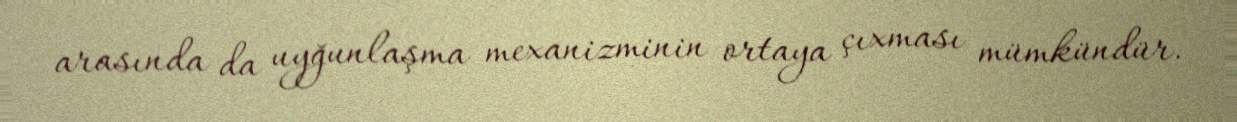
arasında da uyğunlaşma mexanizminin ortaya çıxması mümkündür.